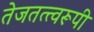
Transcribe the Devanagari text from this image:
तेजतत्त्वरूपी